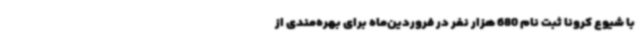
با شیوع کرونا ثبت نام 680 هزار نفر در فروردین‌ماه برای بهره‌مندی از